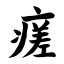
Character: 瘥